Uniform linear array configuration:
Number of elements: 32
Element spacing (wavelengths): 1
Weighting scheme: uniform
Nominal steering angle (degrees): -30
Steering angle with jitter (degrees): -28.215
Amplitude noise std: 0.05
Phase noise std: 0.05

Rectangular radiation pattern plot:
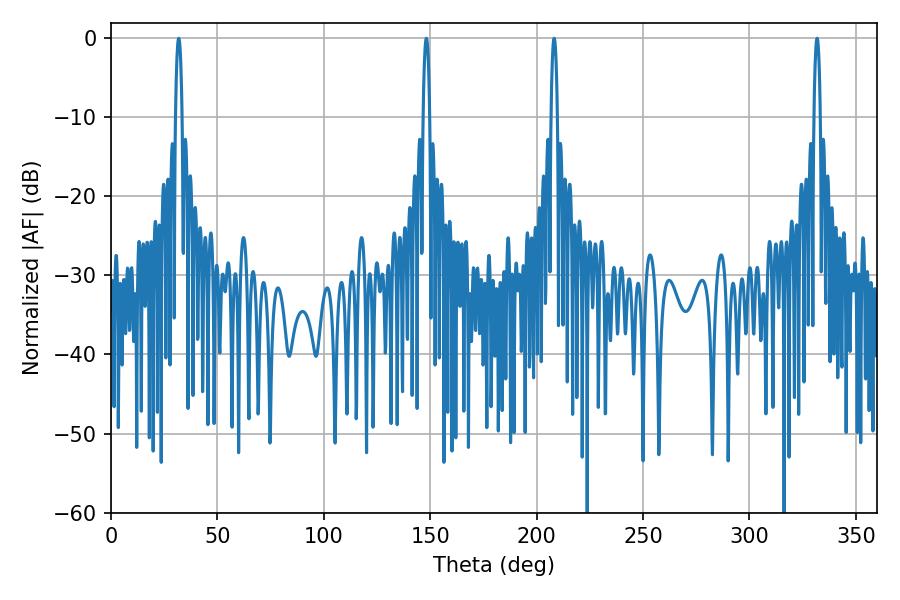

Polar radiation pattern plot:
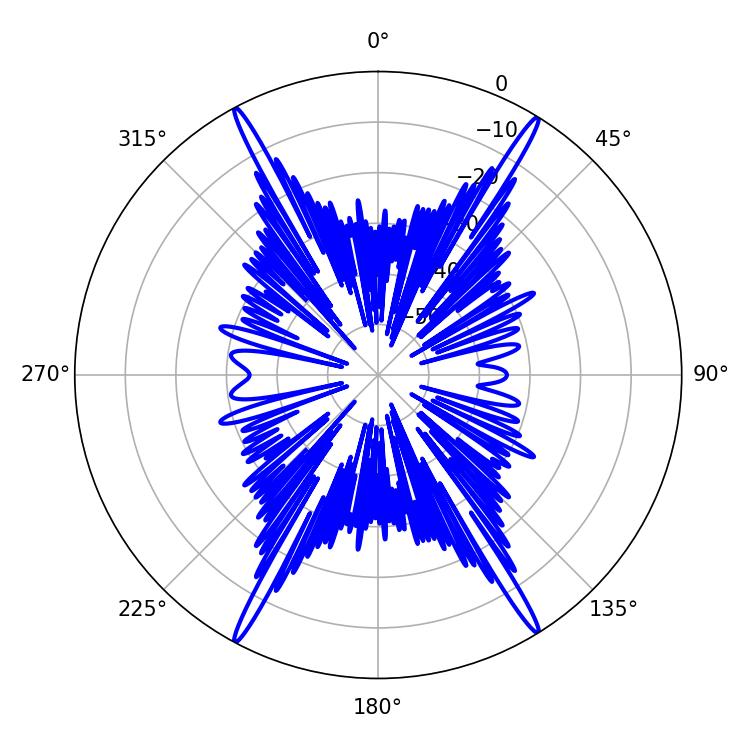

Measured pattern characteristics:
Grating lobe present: TRUE
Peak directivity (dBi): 26.081
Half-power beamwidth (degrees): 1.62
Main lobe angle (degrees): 331.74